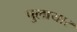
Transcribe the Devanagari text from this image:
पुलायार